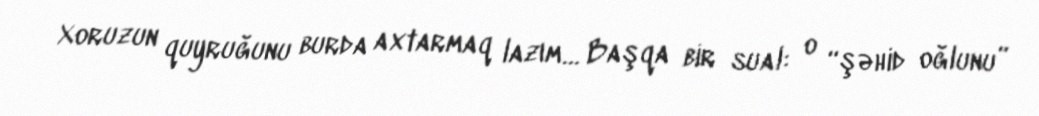
Xoruzun quyruğunu burda axtarmaq lazım… Başqa bir sual: o “şəhid oğlunu”